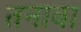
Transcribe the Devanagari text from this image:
तनावा